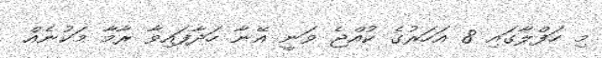
މި ހަފްލާގައި 8 އަހަރުގެ ކުއްޖެ ވަނީ އޭނާ ހަދާފައިވާ ރާމާ މަކުނެއް